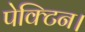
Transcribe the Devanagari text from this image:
पेक्टिन।